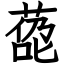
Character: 㗡